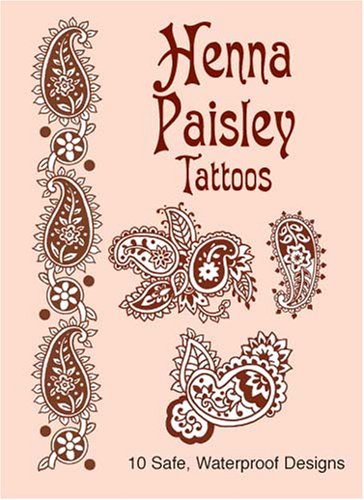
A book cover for Henna Paisley Tattoos (Dover Tattoos); Anna Pomaska; Engineering & Transportation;